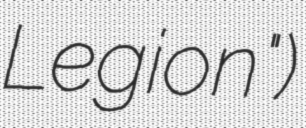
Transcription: Legion")